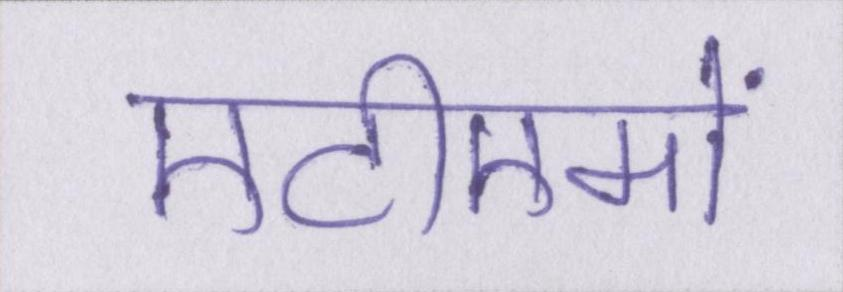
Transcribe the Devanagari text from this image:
एटीएमों